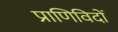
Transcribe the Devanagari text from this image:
प्राणिविदों